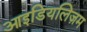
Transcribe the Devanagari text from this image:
आइडियलिज़म